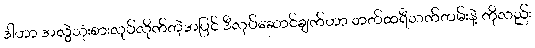
ဒါဟာ အလွဲသုံးစားလုပ်လိုက်တဲ့အပြင် ဒီလုပ်ဆောင်ချက်ဟာ ဘတ်ထရီသက်တမ်းနဲ့ ကိုလည်း